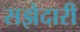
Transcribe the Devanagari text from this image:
सझेदारी